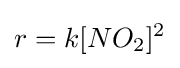
r=k[NO_{2}]^{2}